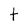
Character: t